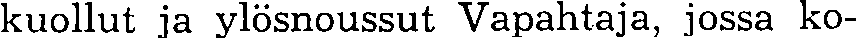
kuollut ja ylösnoussut Vapahtaja, jossa ko-